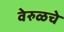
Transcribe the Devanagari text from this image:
वेरुळचे